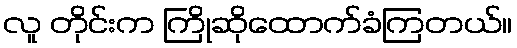
လူ တိုင်းက ကြိုဆိုထောက်ခံကြတယ်။